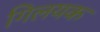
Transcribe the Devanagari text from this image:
गिलयक